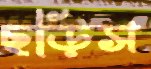
ছড়িস